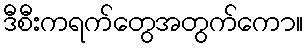
ဒီစီးကရက်တွေအတွက်ကော။